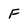
Character: f